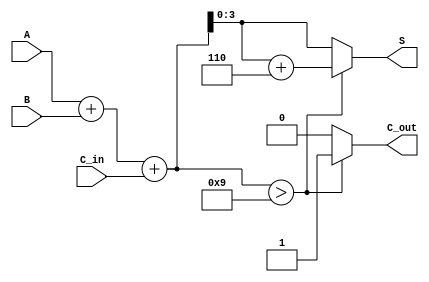
module BCD_Adder (
    input  [3:0] A,      // First BCD digit (4 bits)
    input  [3:0] B,      // Second BCD digit (4 bits)
    input        C_in,    // Carry-in (1 bit)
    output reg [3:0] S,   // Sum output (4 bits)
    output reg C_out      // Carry-out (1 bit)
);

    wire [4:0] binary_sum; // 5 bits to accommodate carry from addition

    // Step 1: Perform binary addition
    assign binary_sum = A + B + C_in;

    // Step 2: Determine if correction is needed
    always @(*) begin
        if (binary_sum > 5'd9) begin
            // If sum exceeds 9, apply correction
            S = binary_sum + 5'd6; // Add 6 (0110 in binary)
            C_out = 1'b1;           // Set carry-out
        end else begin
            // If sum is valid BCD
            S = binary_sum[3:0];   // Use the lower 4 bits for valid BCD
            C_out = 1'b0;           // No carry-out
        end
    end

endmodule